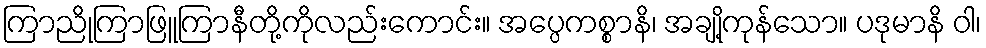
ကြာညိုကြာဖြူကြာနီတို့ကိုလည်းကောင်း။ အပ္ပေကစ္စာနိ၊ အချို့ကုန်သော။ ပဒုမာနိ ဝါ၊